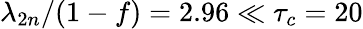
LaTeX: \lambda_{2n}/(1-f)=2.96\ll\tau_{c}=20